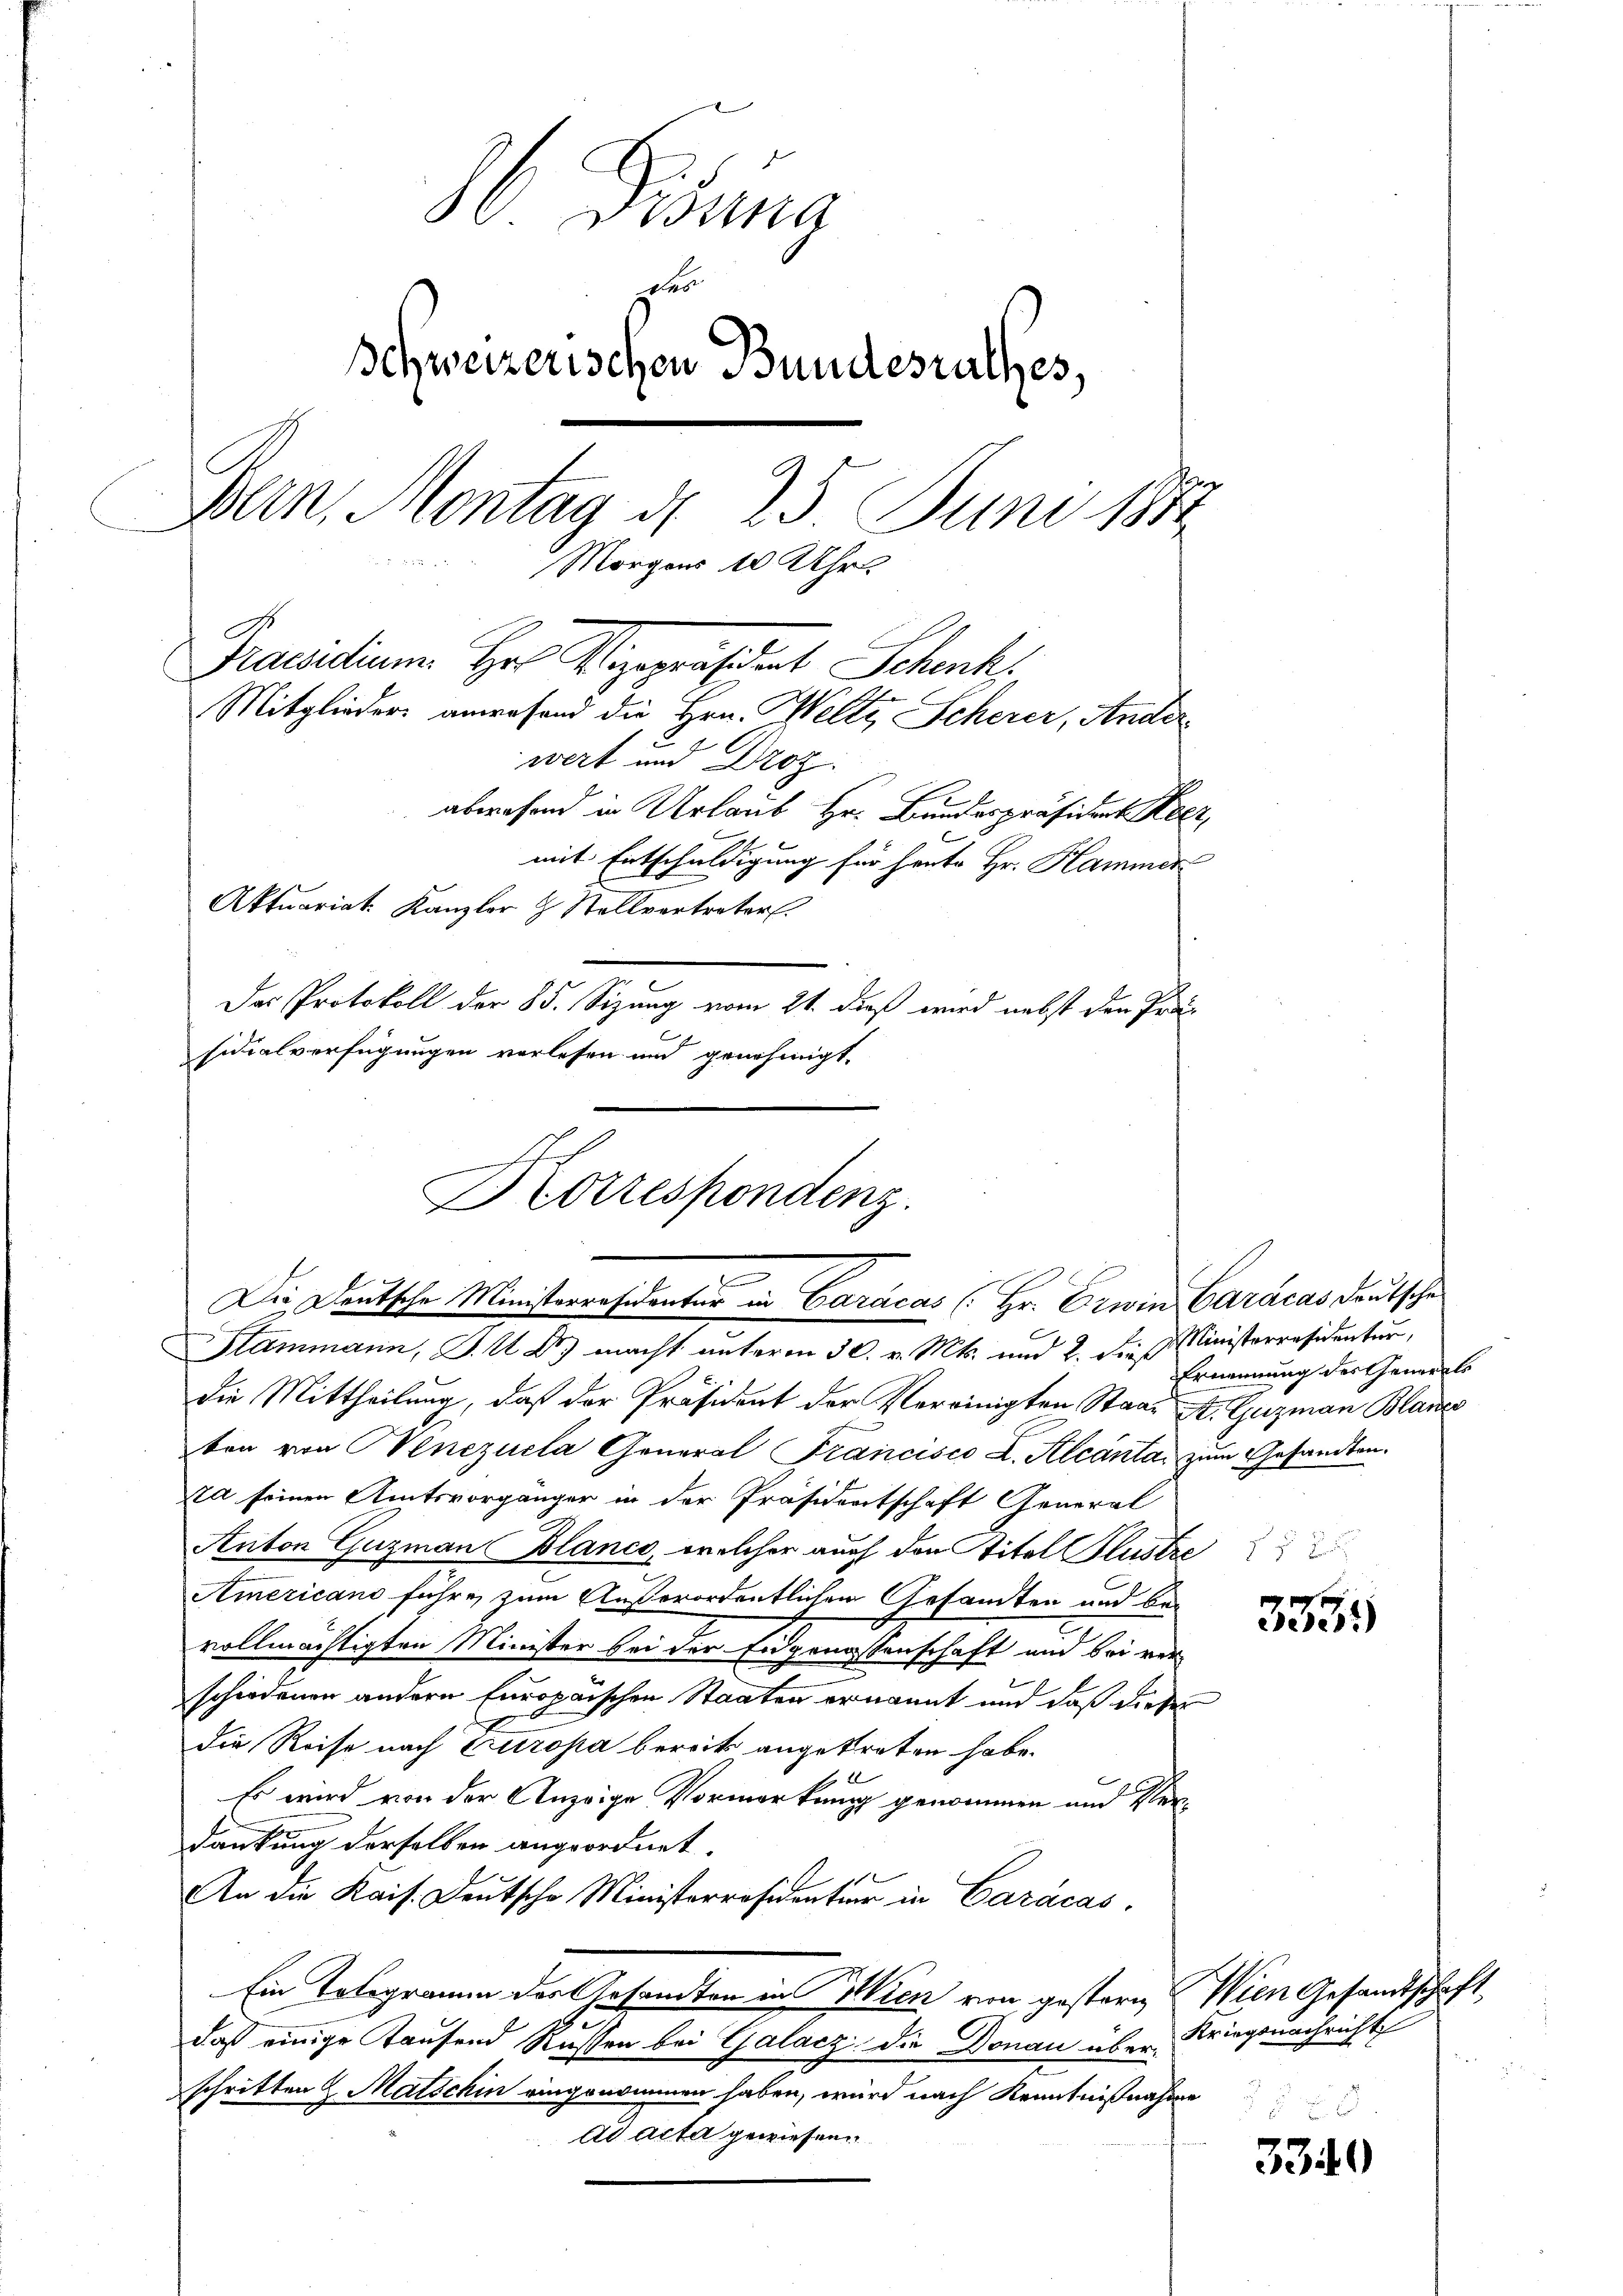
Disung
des
Schweizerischen Bundesrathes,
Bern, Montag d. 25 Juni 1882
Morgens 10 Uhr.
Pracidienen Hr. Vizepräsideat Schenk
Mitglieder anwesend die Hrn. Welti, Scherer, Anderwert und Droz.
abwesend in Urlaub Hr. Bundespräsident Heer,
mit Entschuldigung für heute Hr. Hammer
Aktuariat. Kanzler & Stellvertreter.
Der Protokoll der 85. Sizung vom 21. dieß wird nebst der Prä-
2
sidialverfügungen verlesen und genehmigt.

Korrespondenz.
e
Die Deutsche Ministerresidenter in Caracas (Hr. Erwin Caracas deutsche

Stammann, J. U. Dr. macht unterm 30. v. Mts. und 2. die Ministerresidentur,
die Mittheilung, daß der Präsident der Vereinigten Staat St. Guzman Blases
ten von Venezuela General Francisco L. Alcanta zum Gesandten.
ta seinen Amtsvorgänger in der Präsidentschaft General
Anton Guzmann Blanco, welcher auch den Titel Klustre
Americano führe, zum Außerordentlichen Gesamten und bei
vollmächtigten Minister bei der Eidgenossenschaft und bei ver-
schiedenen andern Europaischen Staaten ernannt und daß dieser
die Reise nach Europa bereits angetreten habe.
2
Es wird von der Anzeige Vormerkung genommen und Verdankung derselben angeordnet.
An die Kais. Deutsche Ministerresidenter in Caracas,
Ein Tologramm des Gesandten in Wien von gestern Wien Gesandtschaft
daß einige Kaufend Russen bei Galacz, die Donau überschritten & Matschin eingenommen haben, wird nach Kenntnißnahme
Ad Acta gewiesen.

Ernennung des Generals

3555

Kriegsnachricht

3340